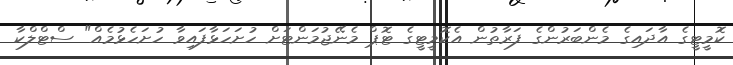
ކޮމީޓީގެ އާދައިގެ މެންބަރުންގެ ފަރާތުން އެކޮމީޓީގެ ޓޮޕް މެނޭޖުމަންޓަށް ހުށަހަޅާފައިވާ ހުށަހެޅުމެއް" ސްޓްލްކާ